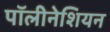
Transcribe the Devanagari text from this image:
पॉलीनेशियन